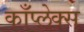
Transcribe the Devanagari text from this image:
काँप्लेक्स